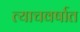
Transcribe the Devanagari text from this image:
त्याचवर्षात